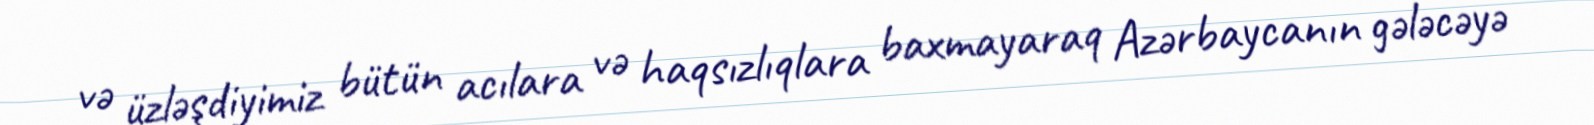
və üzləşdiyimiz bütün acılara və haqsızlıqlara baxmayaraq Azərbaycanın gələcəyə